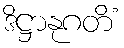
ဒိဋ္ဌာနုဂတိံ